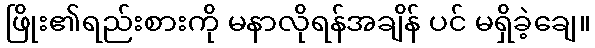
ဖြိုး၏ရည်းစားကို မနာလိုရန်အချိန် ပင် မရှိခဲ့ချေ။